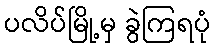
ပလိပ်မြို့မှ ခွဲကြရပုံ